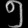
Digit: ၅